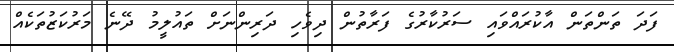
ފަދަ ތަންތަން އާކުރައްވައި ސަރުކާރުގެ ފަރާތުން ދިވެހި ދަރިންނަށް ތައުލީމު ދޭނެ މަރުކަޒުތަކެއް